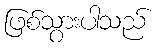
ဖြစ်သွားပါသည်